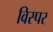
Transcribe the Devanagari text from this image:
विस्पर